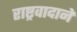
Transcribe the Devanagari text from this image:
राष्ट्रवादाने